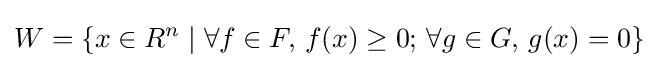
W=\{x\in R^{n}\mid \forall f\in F,\,f(x)\geq 0;\,\forall g\in G,\,g(x)=0\}